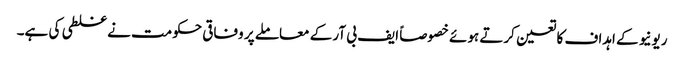
ریونیو کے اہداف کا تعین کرتے ہوئے خصوصاً ایف بی آر کے معاملے پر وفاقی حکومت نے غلطی کی ہے۔